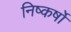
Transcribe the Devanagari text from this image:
निष्कर्षो